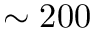
\sim 2 0 0